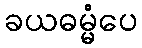
ခယဓမ္မံပေ